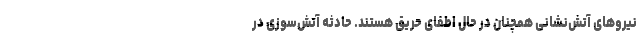
نیروهای آتش‌نشانی همچنان در حال اطفای حریق هستند. حادثه آتش‌سوزی در